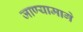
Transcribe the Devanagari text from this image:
जाण्यामागे